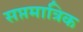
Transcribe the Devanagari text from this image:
सप्तमात्रिक